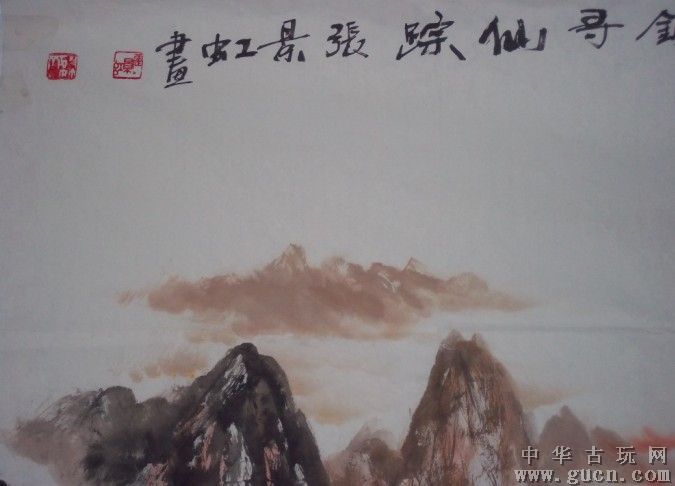
蜃散云收破楼阁，虹残水照断桥粱。